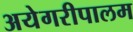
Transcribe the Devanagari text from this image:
अयेगरीपालम